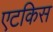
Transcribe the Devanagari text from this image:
एटकिस